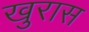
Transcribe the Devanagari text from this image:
खुरास